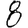
Digit: 8